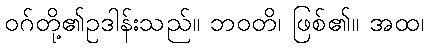
ဝဂ်တို့၏ဥဒါန်းသည်။ ဘဝတိ၊ ဖြစ်၏။ အထ၊